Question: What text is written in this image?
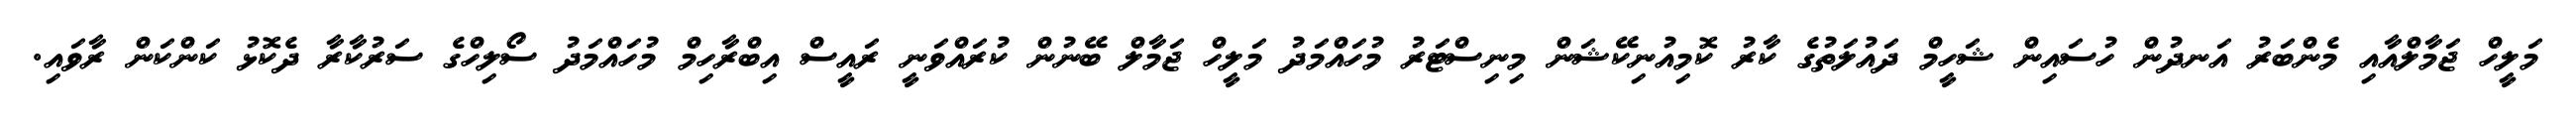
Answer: މަލީހް ޖަމާލްއާއި މެންބަރު އަނދުން ހުސައިން ޝަހީމް ދައުލަތުގެ ކާރު ކޮމިއުނިކޭޝަން މިނިސްޓަރު މުހައްމަދު މަލީހް ޖަމާލް ބޭނުން ކުރައްވަނީ ރައީސް އިބްރާހިމް މުހައްމަދު ސޯލިހްގެ ސަރުކާރާ ދެކޮޅު ކަންކަން ރާވައި.